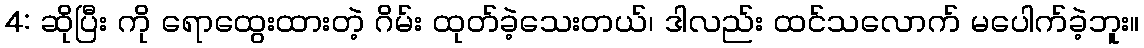
4: ဆိုပြီး ကို ရောထွေးထားတဲ့ ဂိမ်း ထုတ်ခဲ့သေးတယ်၊ ဒါလည်း ထင်သလောက် မပေါက်ခဲ့ဘူး။